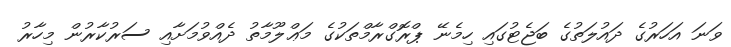
ވަނަ އަހަރުގެ ދައުލަތުގެ ބަޖެޓުގައި ހިމެނޭ ޕްރޮގްރާމްތަކުގެ މަޢްލޫމާތު ދެއްވުމަށާއި ސަރުކާރުން މިހާރު